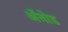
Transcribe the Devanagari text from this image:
अॅनोड